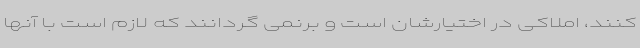
کنند، املاکی در اختیارشان است و برنمی گردانند که لازم است با آنها